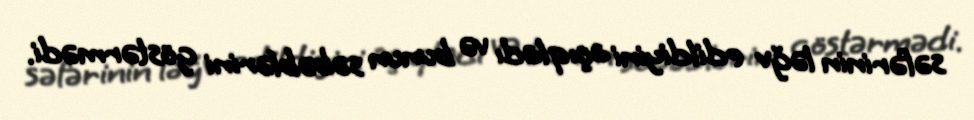
səfərinin ləğv edildiyini açıqladı və bunun səbəblərini göstərmədi.